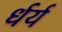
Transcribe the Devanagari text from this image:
र्धर्य